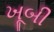
ખૂબી